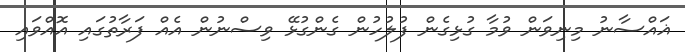
ޣައްސާނު މިނިވަން ވުމާ ގުޅިގެން ފުލުހުން ގެންގުޅޭ ވިސްނުން އެއް ފަރާތުގައި އޮއްވައި